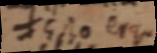
Est o ergo